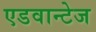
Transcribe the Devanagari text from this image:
एडवान्टेज